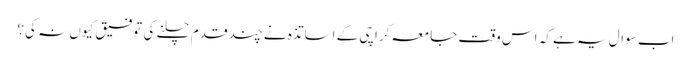
اب سوال یہ ہے کہ اس وقت جامعہ کراچی کے اساتذہ نے چند قدم چلنے کی توفیق کیوں نہ کی؟